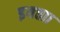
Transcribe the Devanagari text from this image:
इयत्ताा